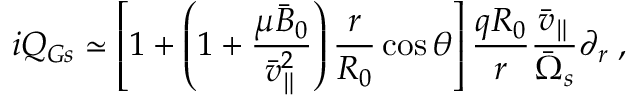
i Q _ { G s } \simeq \left[ 1 + \left( 1 + \frac { \mu \bar { B } _ { 0 } } { \bar { v } _ { \parallel } ^ { 2 } } \right) \frac { r } { R _ { 0 } } \cos \theta \right] \frac { q R _ { 0 } } { r } \frac { \bar { v } _ { \parallel } } { \bar { \Omega } _ { s } } \partial _ { r } \; ,